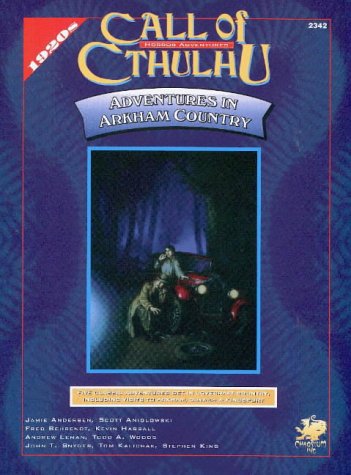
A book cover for Adventures in Arkham Country (Call of Cthulhu Horror Roleplaying, 1920s); Kevin Hassall; Science Fiction & Fantasy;